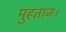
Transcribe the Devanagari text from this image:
मुहताज।